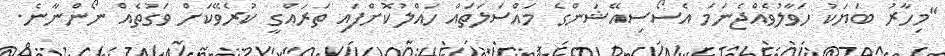
"މިހާރު ބަޔަކު ހަވާލުވެއްޖެނަމަ އެސޯސިއޭޝަންގެ މައްސަލަތައް ހައްލުކޮށްފައި ތަރައްގީ ކުރެވޭކަށް ވަގުތެއް ނޯންނާނެ.